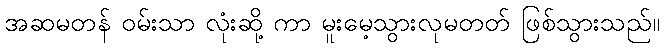
အဆမတန် ဝမ်းသာ လုံးဆို့ ကာ မူးမေ့သွားလုမတတ် ဖြစ်သွားသည်။